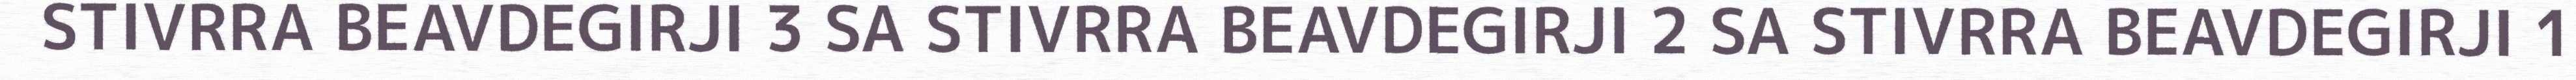
STIVRRA BEAVDEGIRJI 3 SA STIVRRA BEAVDEGIRJI 2 SA STIVRRA BEAVDEGIRJI 1